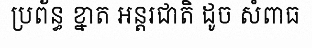
ប្រព័ន្ធ ខ្នាត អន្តរជាតិ ដូច សំពាធ